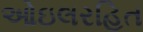
ઓઇલરહિત